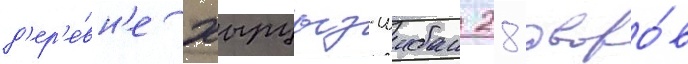
д'ер'е́вн'е хырцыз-шибан 28 дворо́в